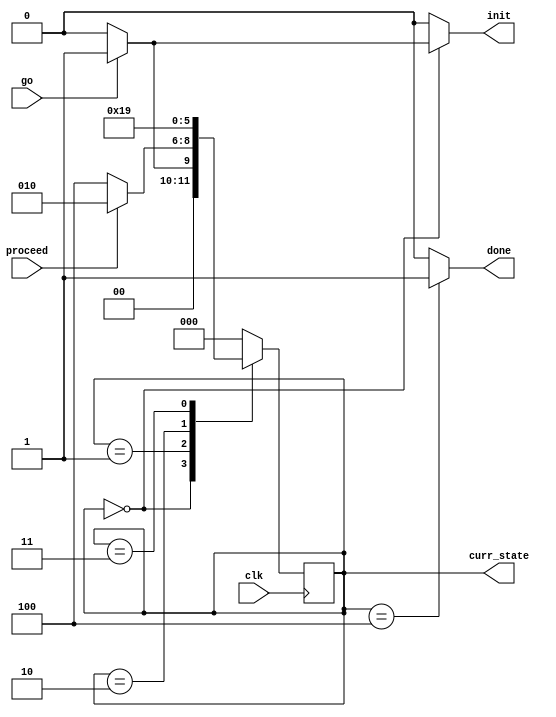
module cu #(parameter SIZE = 8) (
        input clk,
        input go,
        input proceed,
        output reg [2:0] curr_state,    
        output reg init,
        output reg done
);

    reg [2:0] next_state;

    initial begin
        curr_state = 3'b0;
    end

    // State assignment
    always @ (posedge clk) begin
        curr_state <= next_state;
    end

    // Next state logic
    always @ (*) begin
        case (curr_state)
            3'd0: begin
                next_state <= go ? 3'd1 : 3'd0;
            end
            3'd1: begin
                next_state <= proceed ? 3'd2: 3'd4;
            end
            3'd2: begin
                next_state <= 3'd3;
            end
            3'd3: begin
                next_state <= 3'd1;
            end
            3'd4: begin
                next_state <= 3'd0;
            end
            default: begin
                next_state <= 3'd0;
            end
        endcase
    end

    // Output logic
    always @ (*) begin
        case (curr_state)
            3'd0: begin
                init <= go? 1'b1 : 1'b0;
                done <= 1'b0;
            end
            3'd1: begin
                init <= 1'b0;
                done <= 1'b0;
            end
            3'd2: begin
                init <= 1'b0;
                done <= 1'b0;
            end
            3'd3: begin
                init <= 1'b0;
                done <= 1'b0;
            end
            3'd4: begin
                init <= 1'b0;
                done <= 1'b1;
            end
            default: begin
                init <= 1'b0;
                done <= 1'b0;
            end
        endcase
    end

endmodule